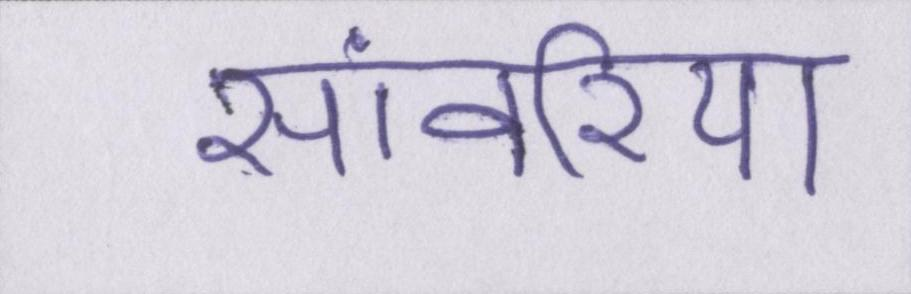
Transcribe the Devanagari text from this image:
सांवरिया